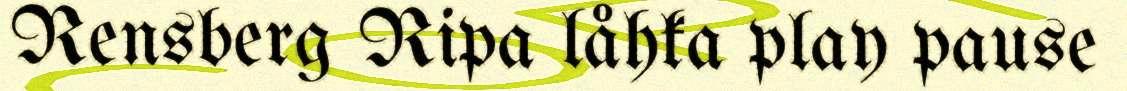
Rensberg Ripa låhka play pause